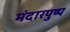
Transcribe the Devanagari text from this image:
मंदारपुष्प